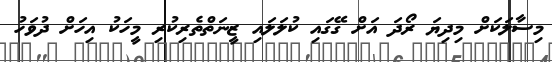
މިސާލަކަށް މިދިޔަ ރޯދަ އަށް ގޭގައި ކުލަލައި ޒީނަތްތެރިކުރި މީހަކު އިހަށް ދުވަހު